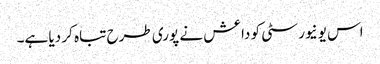
اس یونیورسٹی کو داعش نے پوری طرح تباہ کر دیا ہے۔